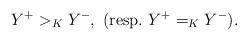
LaTeX: \begin{align*}Y^{+}>_K Y^-, \ (\mbox{resp.}~Y^{+}=_K Y^-). \end{align*}